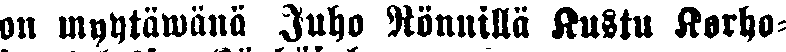
on myytäwänä Juho Rönnillä Kustu Korho-